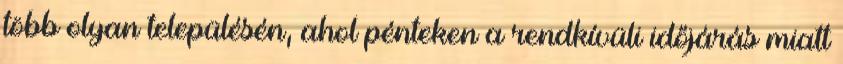
több olyan településén, ahol pénteken a rendkívüli időjárás miatt